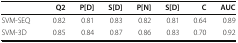
<table><thead><tr><td></td><td><b>Q2</b></td><td><b>P[D]</b></td><td><b>S[D]</b></td><td><b>P[N]</b></td><td><b>S[D]</b></td><td><b>C</b></td><td><b>AUC</b></td></tr></thead><tbody><tr><td>SVM-SEQ</td><td>0.82</td><td>0.81</td><td>0.83</td><td>0.82</td><td>0.81</td><td>0.64</td><td>0.89</td></tr><tr><td>SVM-3D</td><td>0.85</td><td>0.84</td><td>0.87</td><td>0.86</td><td>0.83</td><td>0.70</td><td>0.92</td></tr></tbody></table>